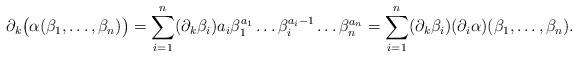
LaTeX: \begin{align*}\partial_k\bigl(\alpha(\beta_1,\ldots,\beta_n)\bigr)=\sum_{i=1}^n(\partial_k\beta_i)a_i\beta_1^{a_1}\ldots\beta_i^{a_i-1}\ldots\beta_n^{a_n}=\sum_{i=1}^n(\partial_k\beta_i)(\partial_i\alpha)(\beta_1,\ldots,\beta_n).\end{align*}